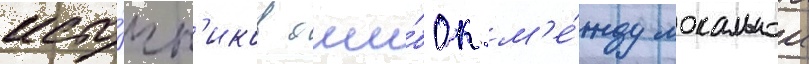
исто́чн'иков оши́бок м'е́жду локальнои